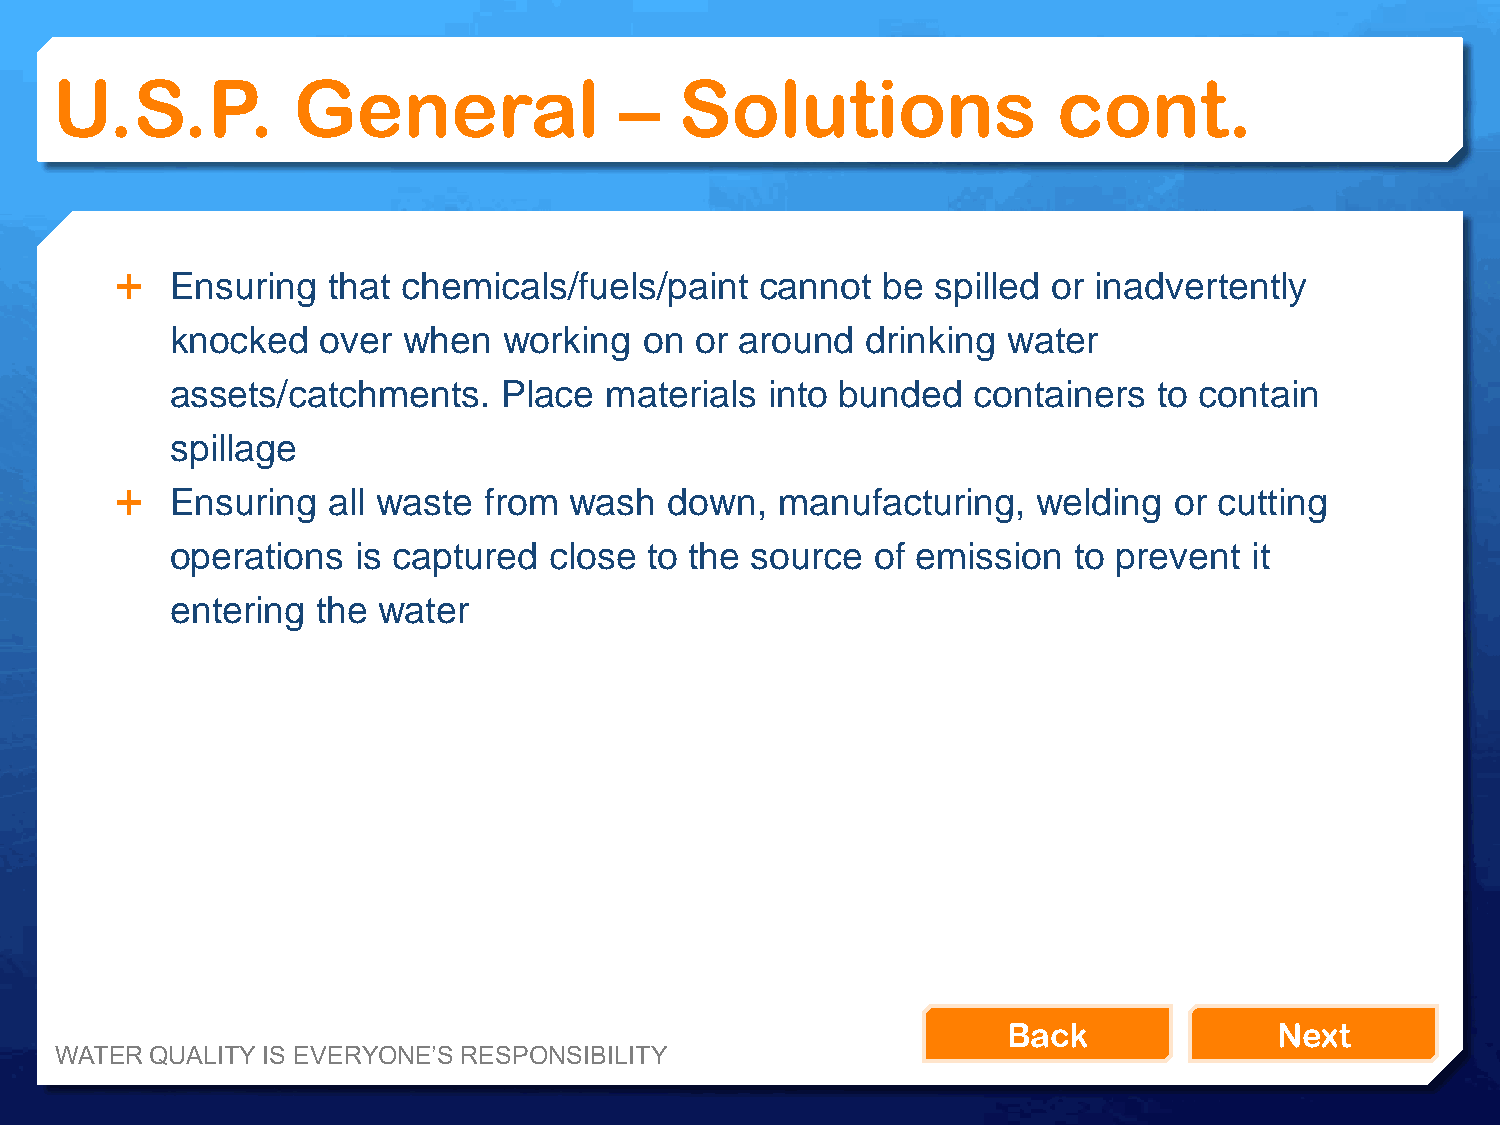
U.S.P.          General               –   Solutions                cont.
   Ensuring   that chemicals/fuels/paint  cannot  be  spilled or inadvertently
 knocked   over  when  working   on or around  drinking  water
 assets/catchments.    Place  materials  into bunded  containers   to contain
 spillage
   Ensuring   all waste from  wash  down,   manufacturing,   welding  or cutting
 operations   is captured close  to the source  of emission  to prevent  it
 entering  the water
 Back              Next
 WATER QUALITY IS EVERYONE’S RESPONSIBILITY